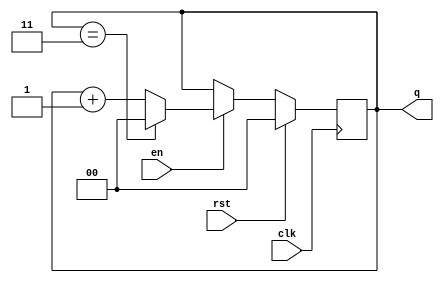
//==================================================================================================
//  Revision      : 
//  Company       : College of Information Science and Electronic Engineering, Zhejiang University
//
//  Description   : stage counter for this game
//
//
//==================================================================================================
module game_stage_counter(clk,en,rst,q);
	parameter N=4,CounterBits=2;
	input clk,en,rst;
	output reg[CounterBits-1:0] q=0;
	always @(posedge clk) begin
		if(rst) begin
			q=0;		
		end
		else begin
			if(en) begin
				if(q==N-1) begin
					q=0;
				end
				else begin
					q=q+1;
				end
			end
			else begin
				q=q;
			end
		end
	end
endmodule